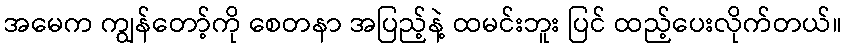
အမေက ကျွန်တော့်ကို စေတနာ အပြည့်နဲ့ ထမင်းဘူး ပြင် ထည့်ပေးလိုက်တယ်။